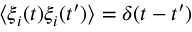
\left\langle \xi _ { i } ( t ) \xi _ { i } ( t ^ { \prime } ) \right\rangle = \delta ( t - t ^ { \prime } )